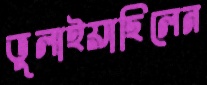
ভুলাইয়াছিলেন